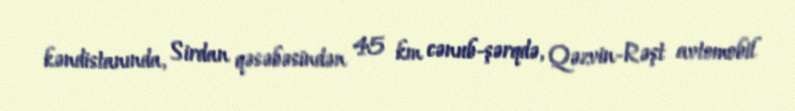
kəndistanında, Sirdan qəsəbəsindən 45 km cənub-şərqdə, Qəzvin-Rəşt avtomobil